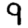
Digit: 9